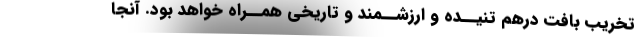
تخریب بافت درهم تنیــده و ارزشــمند و تاریخی همــراه خواهد بود. آنجا